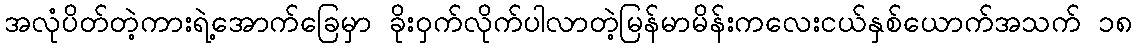
အလုံပိတ်တဲ့ကားရဲ့အောက်ခြေမှာ ခိုးဝှက်လိုက်ပါလာတဲ့မြန်မာမိန်းကလေးငယ်နှစ်ယောက်အသက် ၁၈